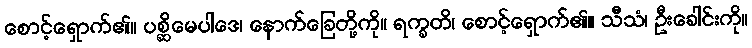
စောင့်ရှောက်၏။ ပစ္ဆိမေပါဒေ၊ နောက်ခြေတို့ကို။ ရက္ခတိ၊ စောင့်ရှောက်၏။ သီသံ၊ ဦးခေါင်းကို။